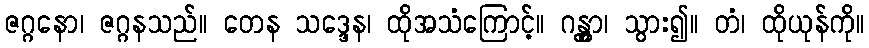
ဇဂ္ဂနော၊ ဇဂ္ဂနသည်။ တေန သဒ္ဒေန၊ ထိုအသံကြောင့်။ ဂန္တွာ၊ သွား၍။ တံ၊ ထိုယုန်ကို။